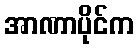
အာဏာပိုင်က